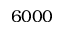
6 0 0 0